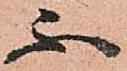
不